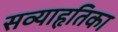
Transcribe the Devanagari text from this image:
सव्याहृतिका